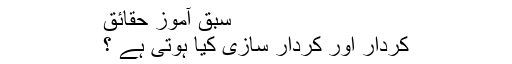
سبق آموز حقائق
کردار اور کردار سازی کیا ہوتی ہے ؟